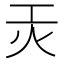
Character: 𭴃